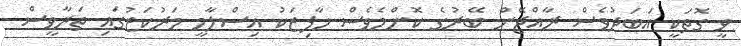
ވީ ގޮތަކީ އަބަދުވެސް ރާއްޖޭން ބޭރުގެ ކޮންމެވެސް ހާފިޒަކު އިސްލާމީ މަރުކަޒުގައި ތަރާވީސް